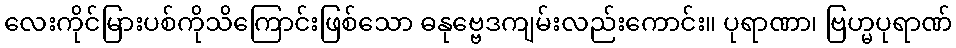
လေးကိုင်မြားပစ်ကိုသိကြောင်းဖြစ်သော ဓနုဗ္ဗေဒကျမ်းလည်းကောင်း။ ပုရာဏာ၊ ဗြဟ္မပုရာဏ်